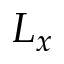
L _ { x }